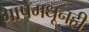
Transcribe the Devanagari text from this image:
भाषेमधूनही